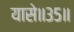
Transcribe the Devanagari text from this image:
यासे॥३५॥